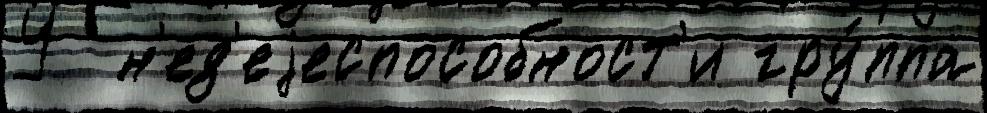
У  н'ед'еjеспособност'и гру́ппа